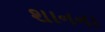
શાનના